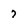
Character: 7